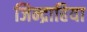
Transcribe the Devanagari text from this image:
जिन्द्राहिया